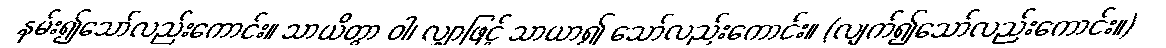
နမ်း၍သော်လည်းကောင်း။ သာယိတွာ ဝါ၊ လျှာဖြင့် သာယာ၍ သော်လည်းကောင်း။ (လျက်၍သော်လည်းကောင်း။)